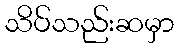
သိပ်သည်းဆမှာ